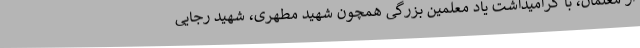
از معلمان، با گرامیداشت یاد معلمین بزرگی همچون شهید مطهری، شهید رجایی